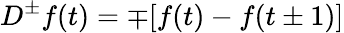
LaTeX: D^{\pm}f(t)=\mp[f(t)-f(t\pm 1)]